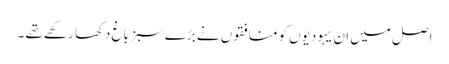
اصل میں ان یہودیوں کو منافقوں نے بڑے سبز باغ دکھا رکھے تھے ۔